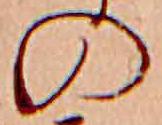
の